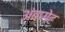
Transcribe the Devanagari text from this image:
अंबागेट